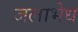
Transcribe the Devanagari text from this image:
जलाभेध